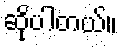
ဆိုပါတယ်။